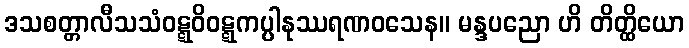
ဒသစတ္တာလီသသံဝဋ္ဋဝိဝဋ္ဋကပ္ပါနုဿရဏဝသေန။ မန္ဒပညော ဟိ တိတ္ထိယော